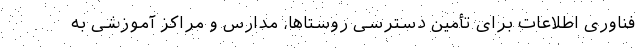
فناوری اطلاعات برای تأمین دسترسی روستاها، مدارس و مراکز آموزشی به